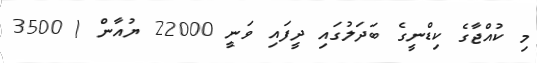
މި ކުއްޖާގެ ކިޑްނީގެ ބަދަލުގައި ދީފައި ވަނީ 22000 ޔުއާން ( 3500